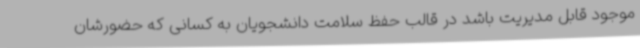
موجود قابل مدیریت باشد در قالب حفظ سلامت دانشجویان به کسانی که حضورشان